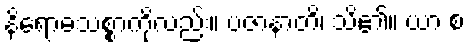
နိရောဓသစ္စာကိုလည်း။ ပဇာနာတိ၊ သိ၏။ ယာ စ